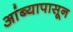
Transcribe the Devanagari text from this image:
आंब्यापासून